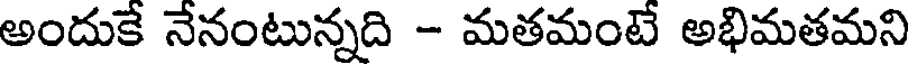
అందుకే నేనంటున్నది - మతమంటే అభిమతమని